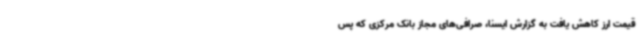
قیمت ارز کاهش یافت به گزارش ایسنا، صرافی‌های مجاز بانک مرکزی که پس